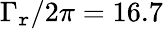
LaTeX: \Gamma_{\mathtt{r}}/2\pi=16.7